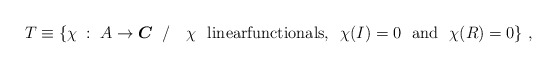
\begin{align*}T\equiv\{\chi\::~A\rightarrow \mbox{\boldmath$C$}~\:/~~~ \chi ~ \mbox{ linearfunctionals, }~\chi (I)=0~\mbox{ and }~ \chi(R)=0 \} ~,\end{align*}